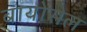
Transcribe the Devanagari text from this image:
बायोसेल